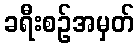
ခရီးစဉ်အမှတ်